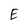
Character: E